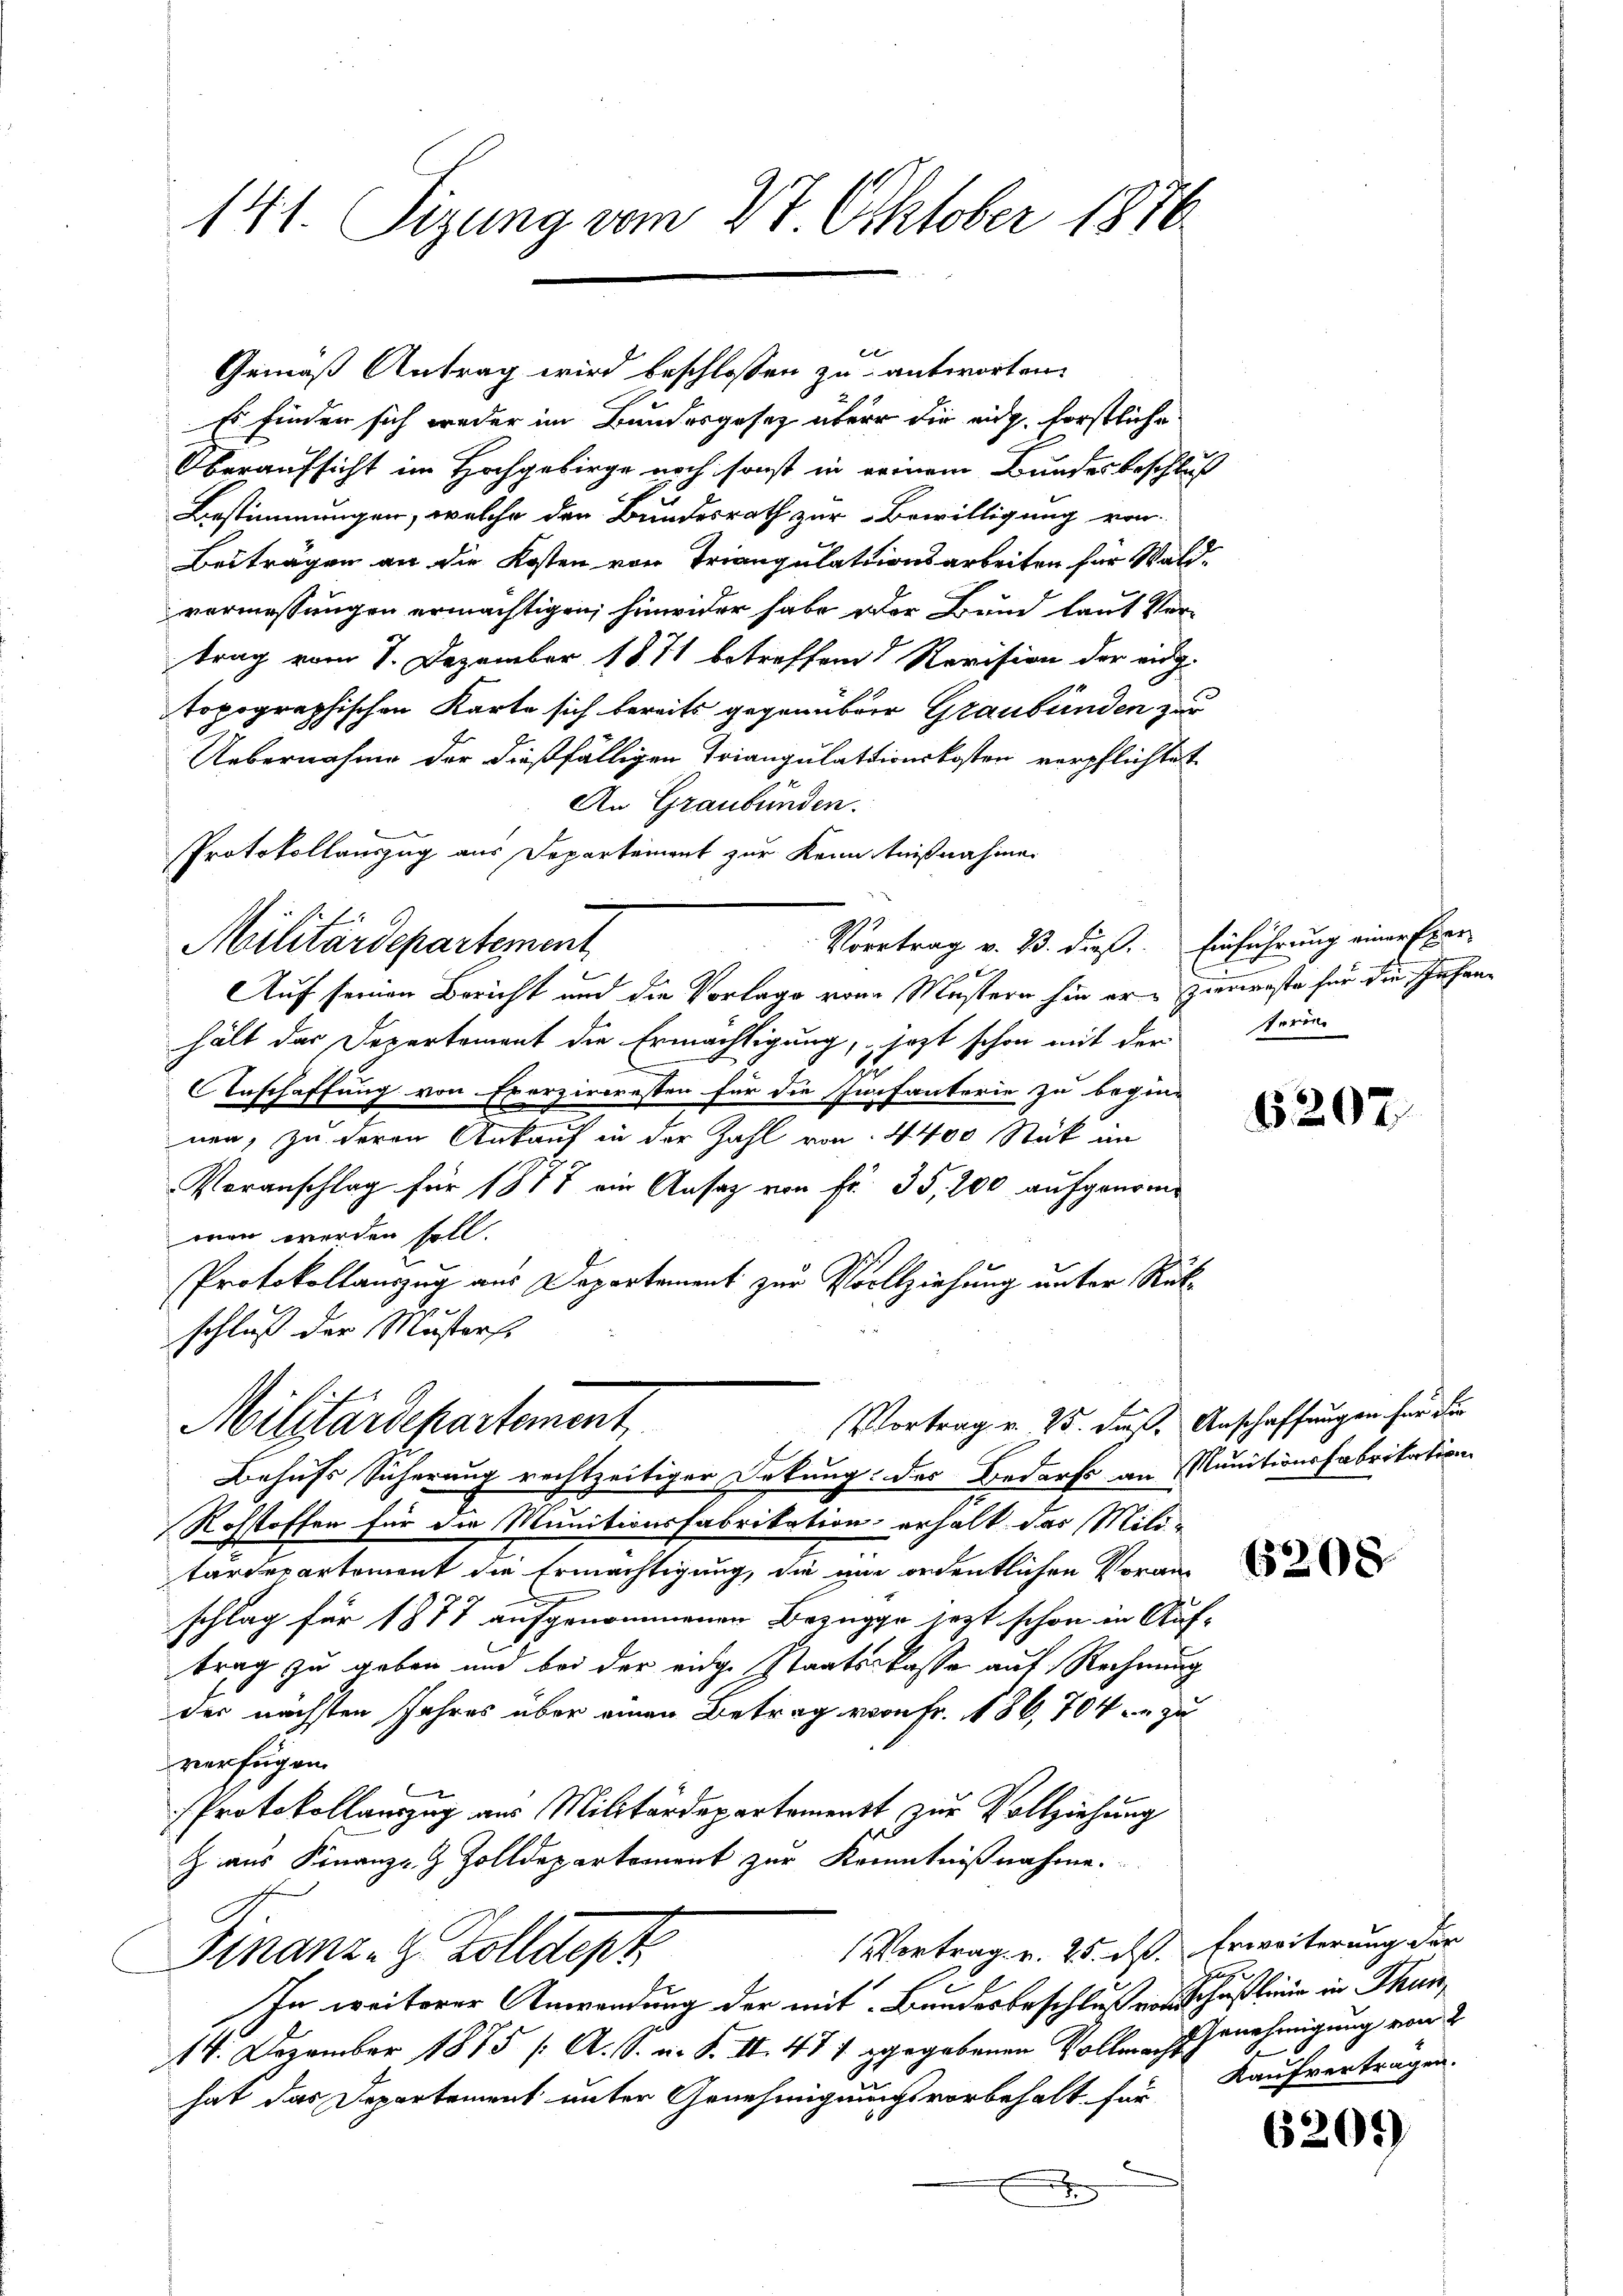
141. Sizung vom 27. Oktober 1876.

Gemäß Antrag wird beschlossen zu antworten.
Es finden sich weder im Bundesgesetz über die eig, forstliche
Oberaufsicht im Hochgebirge noch sonst in seinem Bundesbeschlus
Bestimmungen, welche den Bundesrath zur Bewilligung von
Beiträgen an die Kosten von Triangulationsarbeiten für Walvermessungen ermächtigen, hinwider habe der Bund laut Ver-
trag vom 7. Dezember 1871 betreffend Revision der eidg.
topographischen Karte sich bereits gegenüber Graubünden zur
Uebernahme der dießfälligen Triangulationskosten verpflichtet
An Graubünden.
Protokollauszug aus Departement zur Kenntnißnahmen
Militärdepartement
Auf seinen Bericht und die Vorlage von Mustern hin er hierweste für die Infanhält der Departement die Ermächtigung, jezt schon mit der
Anschaffung von Exerzircresten für die Infanterie zu begin-
nen, zu deren Ankauf in der Zahl von 4400 Stück im
Voranschlag für 1877 ein Ansaz von Fr. 35, 200 aufgenommen werden soll.
Protokollauszug aus Departement zur Vollziehung unter Rüko
schluß der Musterst
Vortrag v. 25. daß, Anschaffungen für der
Militärdepartement
Behufs Sicherung rechtzeitiger Sekung des Bedarfs an Runitionsfabrikation
Rohstoffen für die Munitionsfabrikation erhalt das Mili-
tärdepartement die Ermächtigung, die um ordentlichen Voranschlag für 1877 aufgenommenen Bezugge jezt schon in Auf-
trag zu geben und bei der eidge Staatskasse auf Rechnung
der nächsten Jahres über einen Betrag vom Fr. 186, 704 u. zu
verfügen.
Protokollauszug aus Militärdepartement zur Vollziehung
Z. aus Finanz- & Zolldepartement zur Kenntnißnahme.
Vortrag v. 25. dß. Erweiterung der
Finanz- & Zolldept
A
In weiterer Anwendung der mit Bandesbeschluß vorschauline in Thun,
14. Dezember 1875 /A. S. u. S. II 477 gegebenen Vollmacht genehmigung von 2
hat das Departement unter Genehmigungsvorbehalt für
d

Vortrag v. B. dieß. Einführung einer per

terin

6207

6208

Kaufvertragen.

6201)